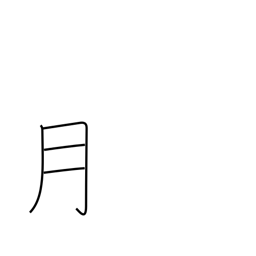
Meaning: month